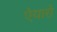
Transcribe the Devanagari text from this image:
ऐयारो